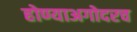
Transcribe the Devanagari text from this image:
होण्याअगोदरच